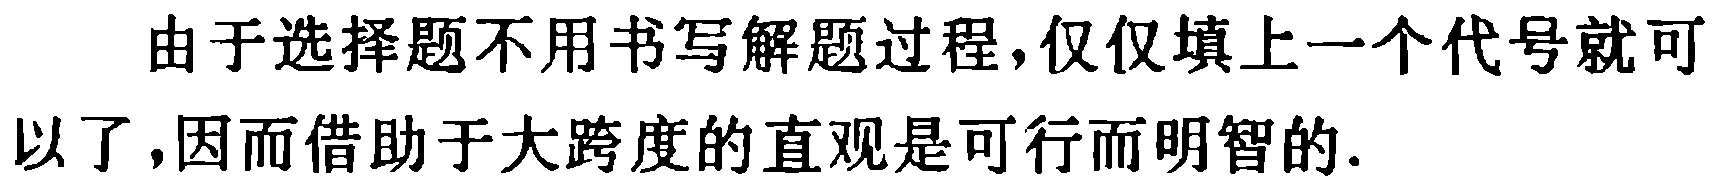
由于选择题不用书写解题过程,仅仅填上一个代号就可以了,因而借助于大跨度的直观是可行而明智的.